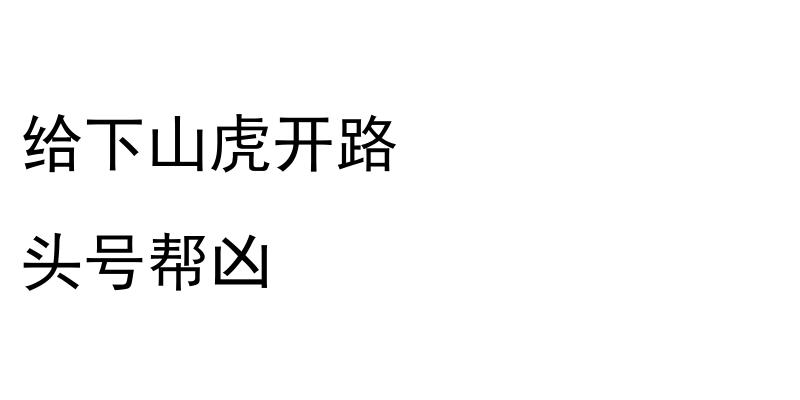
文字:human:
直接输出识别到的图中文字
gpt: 给下山虎开路 头号帮凶